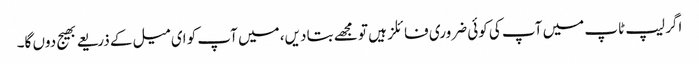
اگر لیپ ٹاپ میں آپ کی کوئی ضروری فائلز ہیں تو مجھے بتا دیں، میں آپ کو ای میل کے ذریعے بھیج دوں گا۔